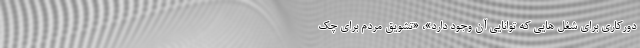
دورکاری برای شغل هایی که توانایی آن وجود دارد»، «تشویق مردم برای چک